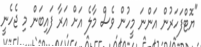
"ޔޮޓްފަހަރުން އަންނަ މީހުން ވެސް މާލެ އަށް އަރާ ފައިބަން މި ޖެހެނީ